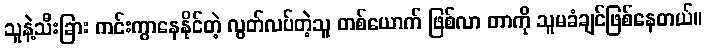
သူနဲ့သီးခြား ကင်းကွာနေနိုင်တဲ့ လွတ်လပ်တဲ့သူ တစ်ယောက် ဖြစ်လာ တာကို သူမခံချင်ဖြစ်နေတယ်။